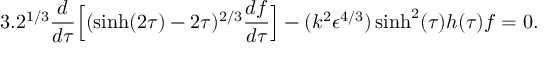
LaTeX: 3 . 2 ^ { 1 / 3 } \frac { d } { d \tau } \Big [ ( \sinh ( 2 \tau ) - 2 \tau ) ^ { 2 / 3 } \frac { d f } { d \tau } \Big ] - ( k ^ { 2 } \epsilon ^ { 4 / 3 } ) \sinh ^ { 2 } ( \tau ) h ( \tau ) f = 0 .